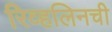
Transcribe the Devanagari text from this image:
रिव्हलिनची